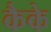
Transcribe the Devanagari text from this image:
कैके